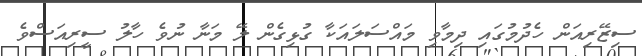
ސިޒޭރިއަން ހެދުމުގައި ދިމާވި މައްސަލައަކާ ގުޅިގެން ލޭ މަނާ ނުވެ ހާލު ސީރިއަސްވެ